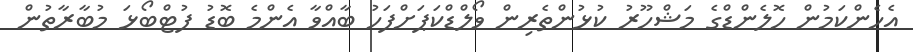
އެހެންކަމުން ހޮލެންޑްގެ މަޝްހޫރު ކުޅުންތެރިން ވޯލްޑްކަޕަށްފަހު ބާއްވާ އެންމެ ބޮޑު ފުޓްބޯޅަ މުބާރާތުން